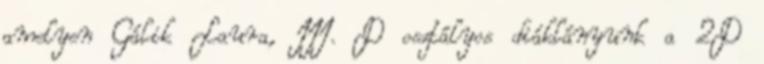
amelyen Gálik Laura, III. D osztályos diáklányunk a 2D